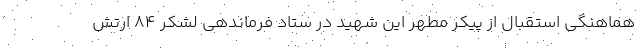
هماهنگی استقبال از پیکر مطهر این شهید در ستاد فرماندهی لشکر ۸۴ ارتش